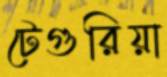
টেগুরিয়া